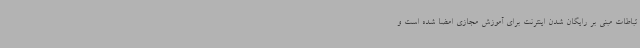
تباطات مبنی بر رایگان شدن اینترنت برای آموزش مجازی امضا شده است و